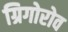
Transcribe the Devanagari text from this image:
ग्रिगोरोव